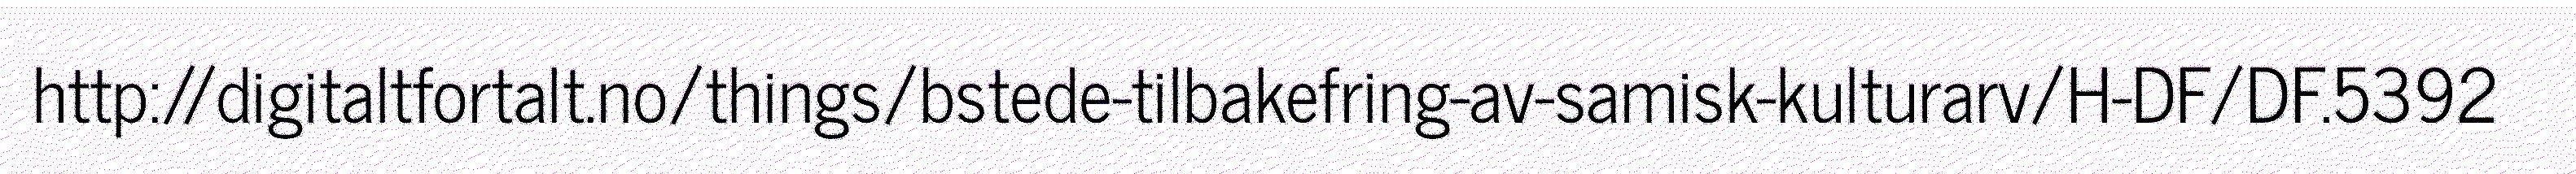
http://digitaltfortalt.no/things/bstede-tilbakefring-av-samisk-kulturarv/H-DF/DF.5392